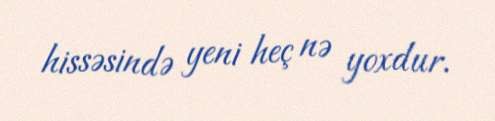
hissəsində yeni heç nə yoxdur.